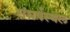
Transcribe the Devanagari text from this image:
संघर्षस्थल